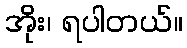
အိုး၊ ရပါတယ်။